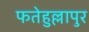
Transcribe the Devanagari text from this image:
फतेहुल्लापुर